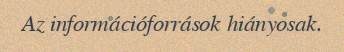
Az információforrások hiányosak.